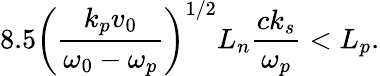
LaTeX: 8.5\left(\frac{k_{p}v_{0}}{\omega_{0}-\omega_{p}}\right)^{1/2}L_{n}\frac{ck_{s}}{\omega_{p}}<L_{p}.